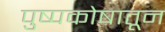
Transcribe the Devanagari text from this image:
पुष्पकोषातून